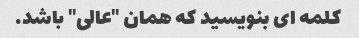
کلمه ای بنویسید که همان "عالی" باشد.